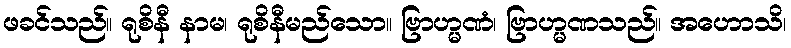
ဖခင်သည်။ ရုစိနီ နာမ၊ ရုစိနီမည်သော။ ဗြာဟ္မဏံ၊ ဗြာဟ္မဏသည်။ အဟောသိ၊